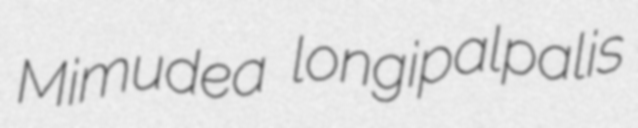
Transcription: Mimudea longipalpalis